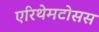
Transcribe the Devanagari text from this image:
एरिथेमटोसस